Report on sanitation, dispensaries, and jails in Rajputana for 1919, and on vaccination for the year 1919-1920 - 1919-1920
Year: 1919
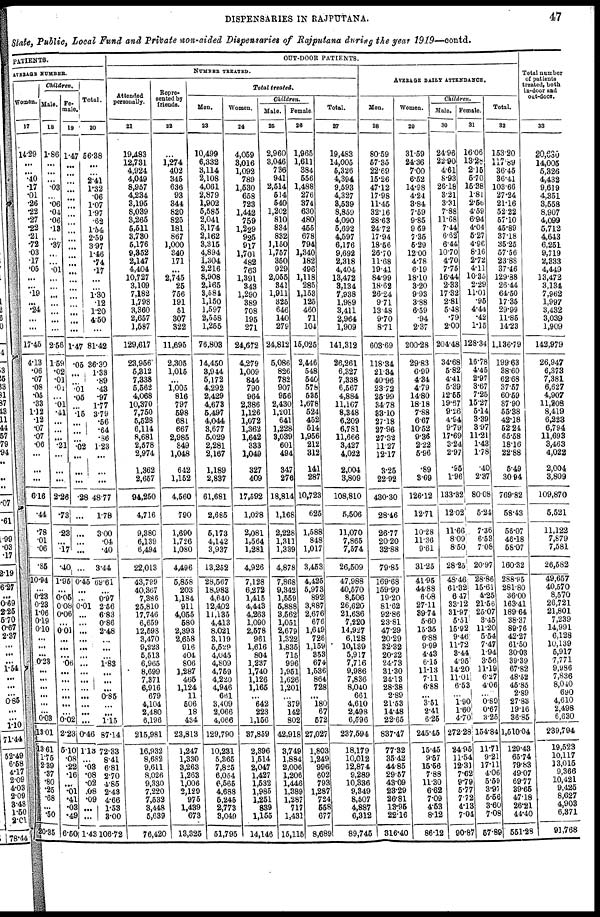
DISPENSARIES IN RAJPUTANA.
47
State, Public, Local Fund and Private non-aided Dispensaries of Rajputana during the year 1919—contd.
PATIENTS.
AVERAGE NUMBER.
Women.
17
14.29
...
...
.40
.17
.01
.26
.22
.27
.22
.21
.72
.03
.17
.05
...
...
.19
...
.24
...
...
17.45
4.13
.06
.07
.08
.05
.33
1.12
.12
.07
.07
.06
...
...
...
6.16
.44
.78
.01
.06
.85
10.94
...
0.23
0.23
1.06
0.19
0.10
...
...
...
0.23
...
...
...
...
...
...
0.03
13.01
13.61
1.75
2.39
.37
.80
.25
.68
...
.50
20.35
Children.
Male.
18
1.86
...
...
...
.03
...
.06
.04
.06
.13
...
.37
...
...
.01
...
...
...
...
...
...
...
2.56
1.59
.02
.01
.01
...
.01
.41
...
...
...
.21
...
...
...
2.26
.73
.23
...
.17
.40
1.95
...
0.05
0.08
0.06
...
0.01
...
...
...
.06
...
...
...
...
...
...
0.02
2.23
5.10
.08
.22
.16
...
.01
.41
.03
.48
6.50
Fe-
male.
19
1.47
...
...
...
...
...
...
...
...
...
...
...
...
...
...
...
...
...
...
...
...
...
1.47
.05
...
...
.01
.05
...
.15
...
...
...
.02
...
...
...
.28
...
...
...
...
...
0.45
...
...
0.01
...
...
...
...
...
...
...
...
...
...
...
...
...
...
0.46
1.13
...
.03
.08
.02
.08
.09
...
...
1.43
Total.
20
56.38
...
...
2.41
1.32
.06
1.07
1.97
.62
1.54
2.59
3.97
1.46
.74
.17
...
...
1.30
.12
1.20
4.50
...
81.42
36.30
1.33
.89
.43
.97
1.77
3.79
.56
.64
.86
1.23
...
...
...
48.77
1.78
3.00
.04
.40
3.44
69.61
...
0.97
2.56
6.83
0.86
2.48
...
...
...
1.83
...
...
...
0.85
...
...
1.15
87.14
72.33
8.41
6.81
2.70
4.85
2.43
4.66
1.53
3.00
106.72
OUT-DOOR PATIENTS.
NUMBER TREATED.
Attended
personally.
21
19,483
12,731
4,924
4,049
8,957
4,234
3,195
8,039
3,265
5,511
3,730
5,176
9,352
2,147
4,404
10,727
3,109
7,182
1,798
3,360
2,657
1,587
129,617
23,956
5,312
7,338
5,562
4,068
10,370
7,750
5,528
6,114
8,681
2,578
2,974
1,362
2,657
94,250
4,716
9,380
6,139
6,494
22,013
43,799
40,367
7,386
25,810
17,746
6,659
12,598
3,470
9,223
5,513
6,965
8,699
7,371
6,916
679
4,104
2,480
6,196
215,981
16,932
8,682
9,611
8,026
9,330
7,220
7,532
3,448
5,639
76,420
Repre-
sented by
friends.
22
...
1,274
402
345
636
93
344
820
825
181
867
1,000
340
171
...
2,745
25
756
191
51
307
322
11,695
2,305
1,015
...
1,005
816
797
598
681
667
2,985
849
1,048
642
1,152
4,560
790
1,690
1,726
1,080
4,496
5,858
203
1,184
911
4,055
580
2,393
2,658
916
404
806
1,287
465
1,124
11
506
18
434
23,813
1,247
1,330
3,263
1,263
1,006
2,129
975
1,439
673
13,325
Total treated.
Men.
23
10,499
6,332
3,114
2,108
4,061
2,879
1,902
5,585
2,041
3,174
2,162
3,315
4,894
1,304
2,216
8,908
2,165
3,584
1,150
1,597
2,558
1,255
76,803
14,450
3,944
5,172
4,292
2,429
4,673
5,497
4,044
3,677
5,029
2,281
2,167
1,189
2,837
61,681
2,685
5,173
4,142
3,937
13,252
28,567
18,983
4,640
12,402
11,135
4,413
8,021
3,119
5,529
4,045
4,809
4,759
4,220
4,946
661
3,409
2,066
4,066
129,790
10,231
5,365
7,825
6,054
6,565
4,688
5,245
2,773
3,049
51,795
Women.
24
4,059
3,016
1,092
789
1,530
658
723
1,442
759
1,229
925
917
1,701
482
763
1,391
343
1,290
389
708
195
271
24,672
4,279
1,009
844
790
964
2,386
1,126
1,072
1,362
1,642
333
1,049
327
409
17,592
1,028
2,081
1,564
1,281
4,926
7,128
6,272
1,415
4,443
4,263
1,090
2,578
961
1,616
804
1,237
1,740
1,126
1,165
...
642
223
1,156
37,859
2,396
1,514
2,047
1,427
1,532
1,985
1,251
839
1,155
14,146
Children.
Male.
25
2,960
3,046
736
941
2,514
514
540
1,202
810
834
832
1,150
1,757
350
929
2,055
341
1,911
325
646
140
279
24,812
5,086
826
782
907
956
2,430
1,201
641
1,228
3,039
601
494
347
276
18,814
1,168
2,228
1,311
1,339
4,878
7,868
9,342
1,559
5,888
3,562
1,051
2,679
1,322
1,835
715
996
1,951
1,626
1,201
...
379
142
802
42,918
3,749
1,884
2,006
1,206
1,446
1,389
1,287
717
1,431
15,115
Female.
26
1,965
1,611
384
556
1,488
276
374
630
480
455
678
794
1,340
182
496
1,118
285
1,153
125
460
71
104
15,025
2,446
548
540
578
535
1,678
524
452
514
1,956
212
312
141
287
10,723
625
1,588
848
1,017
3,453
4,425
5,973
892
3,887
2,676
676
1,649
726
1,159
353
674
1,536
864
728
...
180
67
572
27,027
1,803
1,249
996
602
793
1,287
724
558
677
8,689
Total.
27
19,483
14,005
5,326
4,394
9,593
4,327
3,539
8,859
4,090
5,692
4,597
6,176
9,692
2,318
4,404
13,472
3,134
7,938
1,989
3,411
2,964
1,909
141,312
26,261
6,327
7,338
6,567
4,884
11,167
8,348
6,209
6,781
11,666
3,427
4,022
2,004
3,809
108,810
5,506
11,070
7,865
7,574
26,509
47,988
40,570
8,506
26,620
21,636
7,220
14,927
6,128
10,139
5,917
7,716
9,986
7,836
8,040
661
4,610
2,498
6,596
237,694
18,179
10,012
12,874
9,289
10,336
9,349
8,507
4,887
6,312
89,745
AVERAGE DAILY ATTENDANCE.
Men.
28
80.59
57.35
22.69
15.26
47.12
17.98
11.45
32.16
28.63
24.72
17.94
18.56
26.70
11.68
19.41
84.99
18.62
26.24
9.71
13.48
9.70
8.71
603.69
118.34
21.34
40.96
23.72
25.99
34.78
33.10
27.18
27.96
27.32
11.27
12.17
3.25
22.92
430.30
28.46
26.77
20.20
32.88
79.85
169.68
159.99
19.20
81.62
92.86
23.81
47.29
20.29
32.32
20.22
24.73
31.30
24.13
28.38
2.89
21.53
14.48
22.65
837.47
77.32
35.42
44.85
29.57
43.09
23.29
26.81
13.95
22.16
316.40
Women.
29
31.59
24.36
7.00
6.52
14.98
4.24
3.84
7.59
9.85
9.69
7.35
5.29
12.00
4.78
6.19
18.10
3.20
9.93
3.88
6.59
.94
2.37
200.28
29.83
6.99
4.34
4.79
14.80
18.18
7.88
6.67
10.52
9.36
2.22
5.96
.89
3.69
126.12
12.71
10.28
11.36
9.61
31.25
41.95
44.88
6.08
27.11
39.74
5.60
15.35
6.88
9.99
4.43
6.15
11.13
7.11
6.88
...
3.51
2.41
625
245.45
15.45
9.57
15.56
7.88
11.30
6.62
7.09
4.53
8.12
86.12
Children.
Male.
30
24.96
22.90
4.61
8.93
26.18
3.21
3.31
7.88
11.68
7.44
6.62
6.44
10.70
4.70
7.75
16.44
2.33
17.32
2.81
5.48
.79
2.00
204.48
34.68
5.82
4.41
5.39
12.55
19.67
9.26
4.94
9.79
17.69
3.24
2.97
.95
1.96
133.32
12.02
11.66
8.09
8.50
28.25
48.46
61.32
6.47
33.12
31.97
5.51
15.91
9.46
11.72
3.44
4.95
14.20
11.01
6.53
...
1.90
1.60
4.70
272.28
24.95
11.54
12.31
7.62
9.79
5.77
7.72
4.13
7.04
90.87
Female.
31
16.06
13.28
2.15
5.70
15.38
1.81
2.56
4.59
6.94
4.04
5.27
4.96
8.16
2.72
4.11
10.36
2.29
11.01
.95
4.44
.42
1.15
128.34
16.78
4.45
2.97
3.67
7.25
15.27
5.14
3.39
3.97
11.21
1.43
1.78
.40
2.37
80.08
5.24
7.36
6.53
7.08
20.97
28.86
15.61
4.25
21.56
25.07
3.45
11.20
5.54
7.47
1.94
3.56
11.19
6.27
4.06
...
0.89
0.67
3.25
154.84
11.71
9.21
17.11
4.06
5.58
3.97
5.56
3.60
7.08
57.89
Total.
32
153.20
117.89
36.45
36.41
103.66
27.24
21.16
52.22
57.10
45.89
37.18
35.25
57.56
23.88
37.46
129.38
26.44
64.50
17.35
29.99
11.85
14.23
1,136.79
199.63
38.60
62.68
37.57
60.59
87.90
55.38
42.18
52.24
65.58
18.16
22.88
5.49
30.94
769.82
58.43
56.07
46.18
58.07
160.32
288.95
281.80
36.00
163.41
189.64
38.37
89.76
42.27
61.50
30.03
39.39
67.82
48.52
45.85
2.89
27.83
19.16
36.85
1,510.04
129.43
65.74
79.83
49.07
69.77
39.65
47.18
26.21
44.40
551.28
Total number
of patients
treated, both
in-door and
out-door.
33
20,630
14,005
5,326
4,432
9,619
4,351
3,558
8,907
4,099
5,712
4,643
6,251
9,719
2,333
4,449
13,472
3,134
7,962
1,997
3,432
3,039
1,909
142,979
26,947
6,373
7,381
6,627
4,907
11,208
8,419
6,223
6,794
11,693
3,463
4,022
2,004
3,809
109,870
5,521
11,122
7,879
7,581
26,582
49,657
40,570
8,570
26,721
21,801
7,239
14,991
6,128
10,139
5,917
7,771
9,986
7,836
8,040
690
4,610
2,498
6,630
239,794
19,523
10,117
13,015
9.366
10,421
9,425
8,627
4,903
6,371
91,768